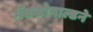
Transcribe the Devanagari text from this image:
मॅकडोनाल्डने